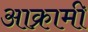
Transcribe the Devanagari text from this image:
आक्रामी